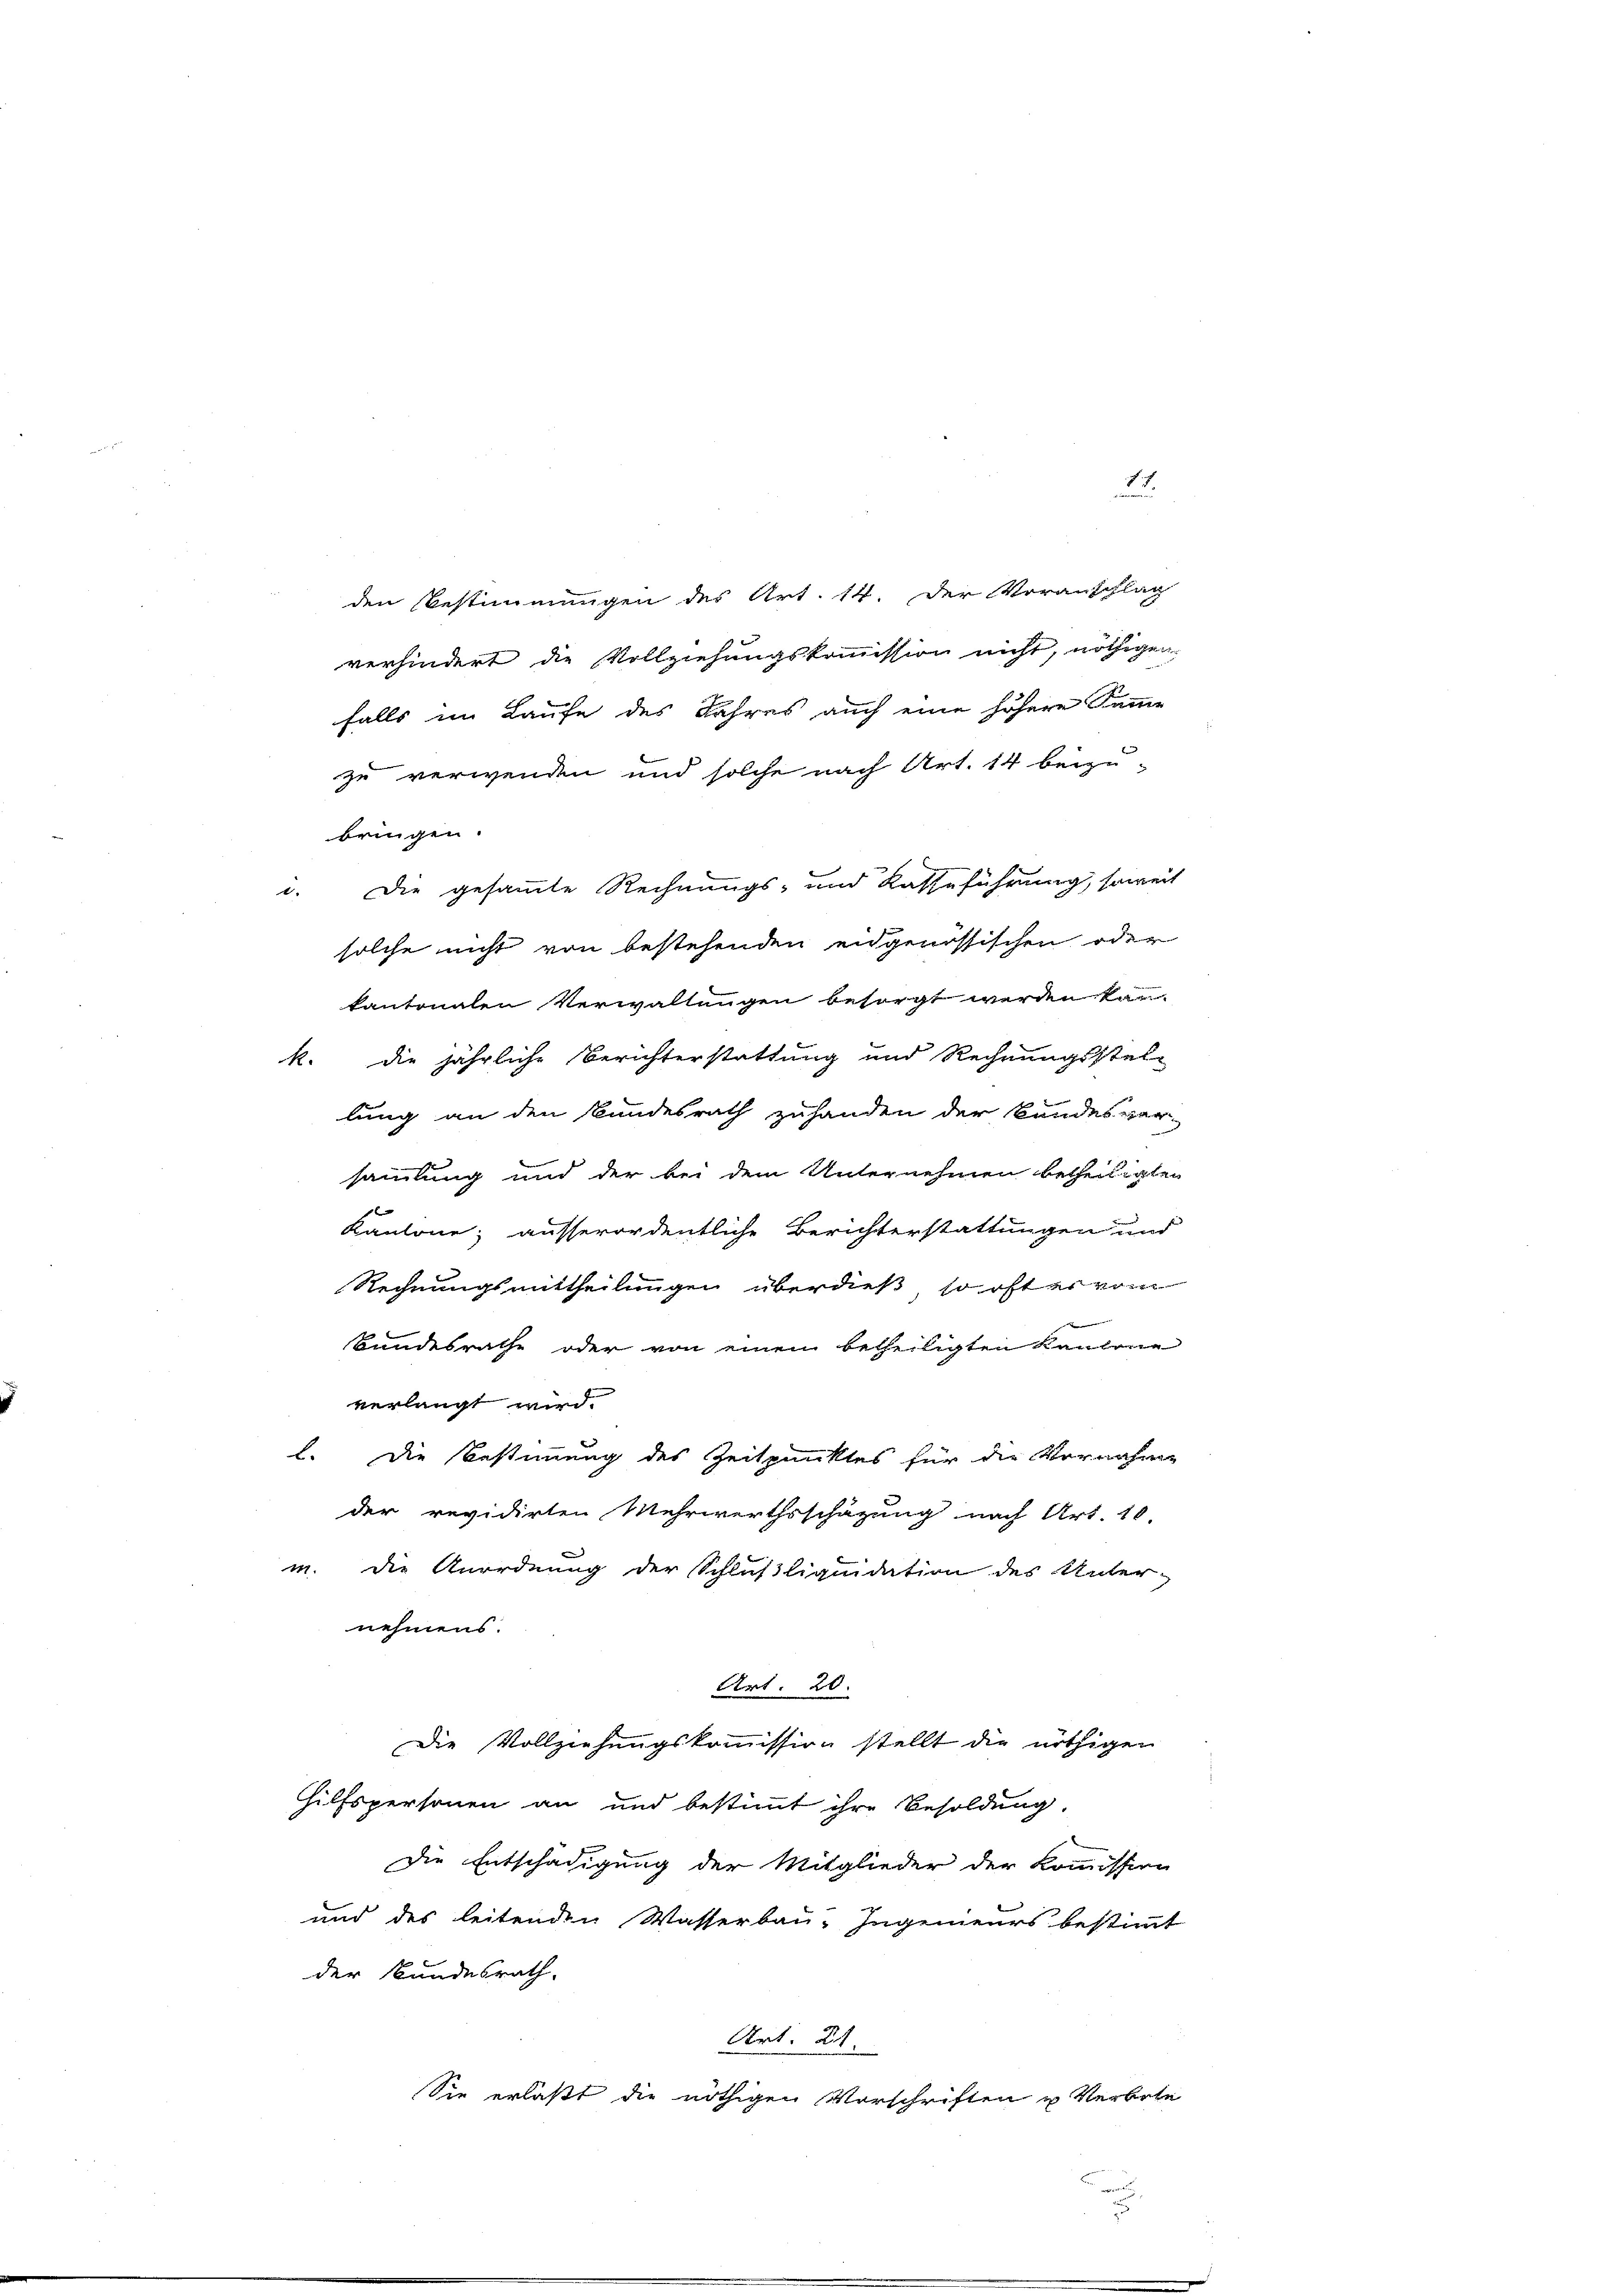
den Bestimmungen des Art. 14. der Voranschlag
verhindert die Vollziehungskommission nicht, nöthigen
falls im Laufe des Jahres auch eine höhere Samme
zu verwenden und solche nach Art. 14 beizu-
solche nicht von bestehenden eidgenössischen oder
kantonalen Verwaltungen besorgt werden kann.
k. die jährliche Berichterstattung und Rechnungsstel-
lung an den Bundesrath zuhanden der Bandesver-
sammlung und der bei dem Unternehmen betheiligten
Kantone; ausserordentliche Berichterstattungen und
Rechnungsmittheilungen überdieß, so oft er vo
e
Bandesrathe oder von einem betheiligten Kaufme
verlangt wird.
l. Die Bestimmung des Zeitpunktes für die Vernahme
der revidirten Mehrwerthsschäzung nach Art. 10.
m. die Anordnung der Schlußliquidation des Unter-
nehmens.
Art. 20.
Die Vollziehungskommission stellt die nöthigen
Hilfspersonen an und bestimmt ihre Besoldung.
Die Entschädigung der Mitglieder der Kommission
und des leitenden Wasserbau-Ingenieurs bestimmt
der Bundesrath,
Art. 21
Sie erläßt die nöthigen Vorschriften u Verbote

bringen.
c. Die gesammte Rechnungs- und Kasseführung, soweit

.